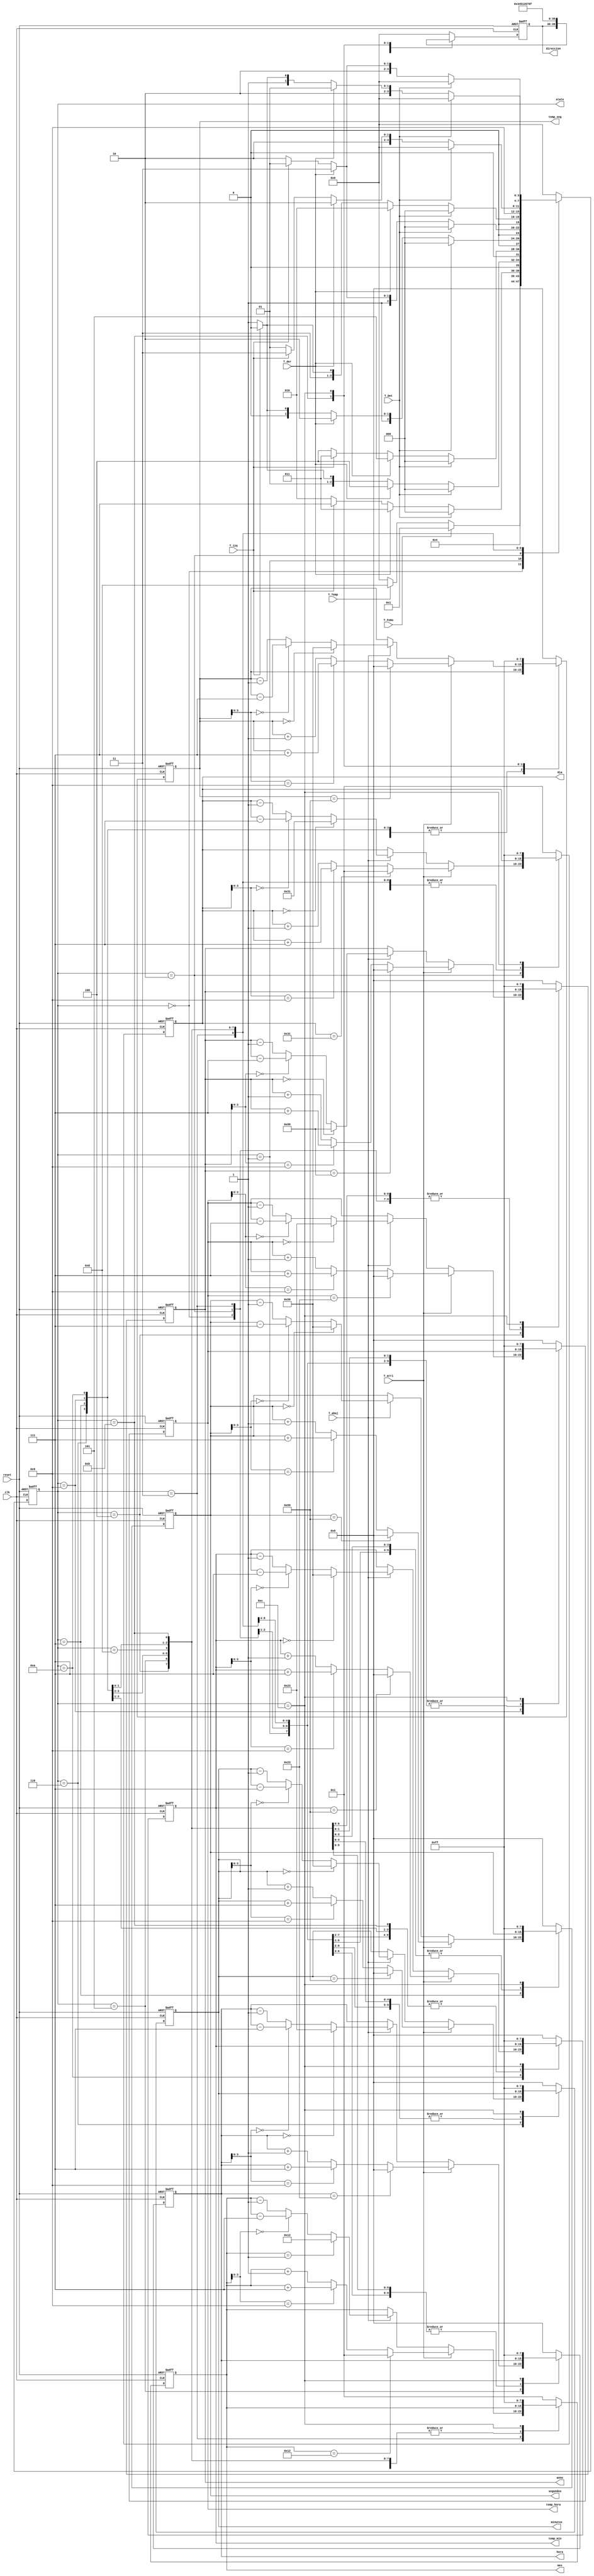
`timescale 1ns / 1ps
//////////////////////////////////////////////////////////////////////////////////
// Company: 
// Engineer: 
// 
// Design Name: 
// Module Name:    CONTROL
// Project Name: 
// Target Devices: 
// Tool versions: 
// Description: 
//
// Dependencies: 
//
// Revision: 
// Revision 0.01 - File Created
// Additional Comments: 
//
//////////////////////////////////////////////////////////////////////////////////
module CONTROL (
/////////////////////////////////////////////////////////////////////////////////////////////////////////////////////////////////////
//// ENTRADAS y SALIDAS
/////////////////////////////////////////////////////////////////////////////////////////////////////////////////////////////////////
	input clk, reset, T_Det, T_der, T_izq, T_arri, T_abaj, T_FeHo, T_Temp,
	output reg [3:0] state, direccion, 
	output reg [7:0] dia, mes, anno, hora, minutos, segundos, temp_hora, temp_min, temp_seg
	);

/////////////////////////////////////////////////////////////////////////////////////////////////////////////////////////////////////
/////////////////////////////////////////////////////////////////////////////////////////////////////////////////////////////////////
reg [3:0] state_sig;
parameter [3:0] M0 = 4'b0000; //Mantener estado
parameter [3:0] rst_reloj = 4'b0001; //Reset del reloj
parameter [3:0] Prog_dia = 4'b0010; //Prog. dia
parameter [3:0] Prog_mes = 4'b0011; //Prog. mes
parameter [3:0] Prog_anno = 4'b0100; //Prog. anno
parameter [3:0] Prog_hora = 4'b0101; //Prog. hora
parameter [3:0] Prog_min = 4'b0110; //Prog. minutos
parameter [3:0] Prog_seg = 4'b0111; //Prog. segundos
parameter [3:0] rst_temp = 4'b1000; //Reset del temporizador
parameter [3:0] Prog_temphora = 4'b1001; //Prog. hora temporizador
parameter [3:0] Prog_tempmin = 4'b1010; //Prog. minutos temporizador
parameter [3:0] Prog_tempseg = 4'b1011; //Prog. segundos temporizador
parameter [3:0] A = 4'b1100;


/////////////////////////////////////////////////////////////////////////////////////////////////////////////////////////////////////
/////////////////////////////////////////////////////////////////////////////////////////////////////////////////////////////////////
always @* begin //Logica de siguiente estado
    case(state)
        M0: if (T_FeHo)
                state_sig = rst_reloj;
             else if (T_Temp)
                state_sig = rst_temp;
             else
                state_sig = M0;
                
                
        rst_reloj: state_sig = Prog_dia;
        
        
        Prog_dia: if (T_Det)
                    state_sig = M0;
                else if (T_der)
                    state_sig = Prog_mes;
                else if (T_izq)
                    state_sig = Prog_seg;
                else
                    state_sig = Prog_dia;
                    
                    
        Prog_mes: if (T_Det)
                    state_sig = M0;
                else if (T_der)
                    state_sig = Prog_anno;
                else if (T_izq)
                    state_sig = Prog_dia;
                else
                    state_sig = Prog_mes;
                    
                    
        Prog_anno: if (T_Det)
                    state_sig = M0;
                else if (T_der)
                    state_sig = Prog_hora;
                else if (T_izq)
                    state_sig = Prog_mes;
                else
                    state_sig = Prog_anno;
                    
        Prog_hora: if (T_Det)
                    state_sig = M0;
                else if (T_der)
                    state_sig = Prog_min;
                else if (T_izq)
                    state_sig = Prog_anno;
                else
                    state_sig = Prog_hora;
                    
                    
        Prog_min: if (T_Det)
                    state_sig = M0;
                else if (T_der)
                    state_sig = Prog_seg;
                else if (T_izq)
                    state_sig = Prog_hora;
                else
                    state_sig = Prog_min;
                    
                    
        Prog_seg: if (T_Det)
                    state_sig = M0;
                else if (T_der)
                    state_sig = Prog_dia;
                else if (T_izq)
                    state_sig = Prog_min;
                else
                    state_sig = Prog_seg;
                    
                    
        rst_temp: state_sig = Prog_temphora;
        
        
        Prog_temphora: if (T_Det)
                    state_sig = M0;
                else if (T_der)
                    state_sig = Prog_tempmin;
                else if (T_izq)
                    state_sig = Prog_tempseg;
                else
                    state_sig = Prog_temphora;
                    
                    
        Prog_tempmin: if (T_Det)
                    state_sig = M0;
                else if (T_der)
                    state_sig = Prog_tempseg;
                else if (T_izq)
                    state_sig = Prog_temphora;
                else
                    state_sig = Prog_tempmin;
                    
                    
        Prog_tempseg: if (T_Det)
                    state_sig = M0;
                else if (T_der)
                    state_sig = Prog_temphora;
                else if (T_izq)
                    state_sig = Prog_tempmin;
                else
                    state_sig = Prog_tempseg;
                    
                    
        default: state_sig = M0;
        
    endcase
end

/////////////////////////////////////////////////////////////////////////////////////////////////////////////////////////////////////
//// Control de las teclas
/////////////////////////////////////////////////////////////////////////////////////////////////////////////////////////////////////


always @(posedge clk, posedge reset)
    if (reset) 
        {dia, mes, anno, hora, minutos, segundos, temp_hora, temp_min, temp_seg, direccion} = {8'h0,8'h0,8'h0,8'h0,8'h0,8'h0,8'h0,8'h0,8'h0,4'h0} ;
    
    else 
        begin
            {dia, mes, anno, hora, minutos, segundos, temp_hora, temp_min, temp_seg, direccion} = {dia, mes, anno, hora, minutos, segundos, temp_hora, temp_min, temp_seg, direccion} ;
            case(state)
            
               M0:{dia, mes, anno, hora, minutos, segundos, temp_hora, temp_min, temp_seg, direccion} = {dia, mes, anno, hora, minutos, segundos, temp_hora, temp_min, temp_seg, direccion} ;
               
               
               rst_reloj: {dia, mes, anno, hora, minutos, segundos, direccion} = {8'h1, 8'h1, 8'h0, 8'h0, 8'h0, 8'h0, 4'h0 } ;
               
               
               Prog_dia: begin
                        direccion = 4'h3;
                        if (T_arri)
                            if (dia == 8'h31)
                                dia = 8'h1;
                            else if (dia[3:0] == 4'h9)
                                dia = dia + 8'h7;
                            else
                                dia = dia + 8'h1;
                        else
                            if (T_abaj)
                                if (dia == 8'h0)
                                    dia = 8'h31;
                                else if (dia[3:0] == 4'h0)
                                    dia = dia - 8'h7;
                                else
                                dia = dia - 8'h1;
                        end
                        
                        
               Prog_mes: begin
                        direccion = 4'h4;
                        if (T_arri)
                            if (mes == 8'h12)
                                mes = 8'h1;
                            else if (mes[3:0] == 4'h9)
                                mes = mes + 8'h7;
                            else
                                mes = mes + 8'h1;
                        else if (T_abaj)
                            if (mes == 8'h1)
                                mes = 8'h12;
                            else if (mes[3:0] == 4'h0)
                                mes = mes - 8'h7;
                            else
                                mes = mes - 8'h1;
                        end
               
               
              Prog_anno: begin
                        direccion = 4'h5;
                        if (T_arri)
                            if (anno == 8'h99)
                                anno = 8'h0;
                            else if (anno[3:0] == 4'h9)
                                anno = anno + 8'h7;
                            else
                                anno = anno + 8'h1;
                        else if (T_abaj)
                            if (anno == 8'h0)
                                anno = 8'h99;
                            else if (anno[3:0] == 4'h0)
                                anno = anno - 8'h7;
                            else
                                anno = anno - 8'h1;
                        end
              
              
              Prog_hora:begin
                        direccion = 4'h0;
                        if (T_arri)
                            if (hora == 8'h23)
                                hora = 8'h0;
                            else if (hora[3:0] == 4'h9)
                                hora = hora + 8'h7;
                            else
                                hora = hora + 8'h1;
                        else if (T_abaj)
                            if (hora == 8'h0)
                                hora = 8'h23;
                            else if (hora[3:0] == 4'h0)
                                hora = hora - 8'h7;
                            else
                                hora = hora - 8'h1;
                        end
              
              
              Prog_min: begin
                        direccion = 4'h1;
                        if (T_arri)
                            if (minutos == 8'h59)
                                minutos = 8'h0;
                            else if (minutos[3:0] == 4'h9)
                                minutos = minutos + 8'h7;
                            else
                                minutos = minutos + 8'h1;
                        else if (T_abaj)
                            if (minutos == 8'h0)
                                minutos = 8'h59;
                            else if (minutos[3:0] == 4'h0)
                                minutos = minutos - 8'h7;
                            else
                                minutos = minutos - 8'h1;
                        end
              
              
              Prog_seg: begin
                        direccion = 4'h2;
                        if (T_arri)
                            if (segundos == 8'h59)
                                segundos= 8'h0;
                            else if (segundos[3:0] == 4'h9)
                                segundos = segundos + 8'h7;
                            else
                                segundos = segundos + 8'h1;
                        else if (T_abaj)
                            if (segundos == 8'h0)
                                segundos = 8'h59;
                            else if (segundos[3:0] == 4'h0)
                                segundos = segundos - 8'h7;
                            else
                                segundos = segundos - 8'h1;
                        end
              
              
              rst_temp: {temp_hora, temp_min, temp_seg, direccion} = {8'b0, 8'b0, 8'b0, 4'h0} ;
              
              
              Prog_temphora: begin
                        direccion = 4'h6;
                        if (T_arri)
                            if (temp_hora == 8'h23)
                                temp_hora = 8'h0;
                            else if (temp_hora[3:0] == 4'h9)
                                temp_hora = temp_hora + 8'h7;
                            else
                                temp_hora = temp_hora + 8'h1;
                        else if (T_abaj)
                            if (temp_hora == 8'h0)
                                temp_hora = 8'h23;
                            else if (temp_hora[3:0] == 4'h0)
                                temp_hora = temp_hora - 8'h7;
                            else
                                temp_hora = temp_hora - 8'h1;
                        end
              
              
              Prog_tempmin: begin
                        direccion = 4'h7;
                        if (T_arri)
                            if (temp_min == 8'h59)
                                temp_min = 8'h0;
                            else if (temp_min[3:0] == 4'h9)
                                temp_min = temp_min + 8'h7;
                            else
                                temp_min = temp_min + 8'h1;
                        else if (T_abaj)
                            if (temp_min == 8'h0)
                                temp_min = 8'h59;
                            else if (temp_min[3:0] == 4'h0)
                                temp_min = temp_min - 8'h7;
                            else
                                temp_min = temp_min - 8'h1;
                        end
              
              
              Prog_tempseg: begin
                        direccion = 4'h8;
                        if (T_arri)
                            if (temp_seg == 8'h59)
                                temp_seg= 8'h0;
                            else if (temp_seg[3:0] == 4'h9)
                                temp_seg = temp_seg + 8'h7;
                            else
                                temp_seg = temp_seg + 8'h1;
                        else if (T_abaj)
                            if (temp_seg == 8'h0)
                                temp_seg = 8'h59;
                            else if (temp_seg[3:0] == 4'h0)
                                temp_seg = temp_seg - 8'h7;
                            else
                                temp_seg = temp_seg - 8'h1;
                        end
              
              
              A: {dia, mes, anno, hora, minutos, segundos, temp_hora, temp_min, temp_seg,direccion} = {8'hff, 8'hff, 8'hff, 8'hff, 8'hff, 8'hff, 8'hff, 8'hff, 8'hff , 4'hf} ;
              
              
              default: {dia, mes, anno, hora, minutos, segundos, temp_hora, temp_min, temp_seg, direccion} = {8'h1, 8'h1, 8'h0, 8'h0, 8'h0, 8'h0, 8'h0, 8'h0, 8'h0, 4'h0 } ; //Evita warning de Latch
          
          
          endcase
end

always @(posedge clk, posedge reset)
    begin
        if (reset)
            state <= M0;
        else
            state <= state_sig;
    end

endmodule